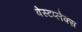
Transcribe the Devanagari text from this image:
वेस्टप्लेक्स